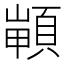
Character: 𩓻